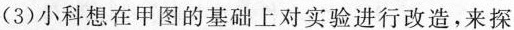
(3)小科想在甲图的基础上对实验进行改造，来探